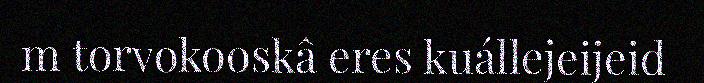
m torvokooskâ eres kuállejeijeid